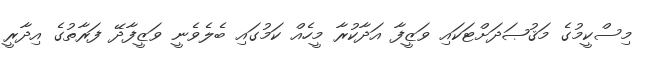
މިސްކީމުގެ މަޤުޞަދަށްޓަކައި ވަޒީފާ އަދާކުރާ މީހެއް ކަމުގައި ބެލެވެނީ ވަޒީފާދޭ ފަރާތުގެ އިދާރީ